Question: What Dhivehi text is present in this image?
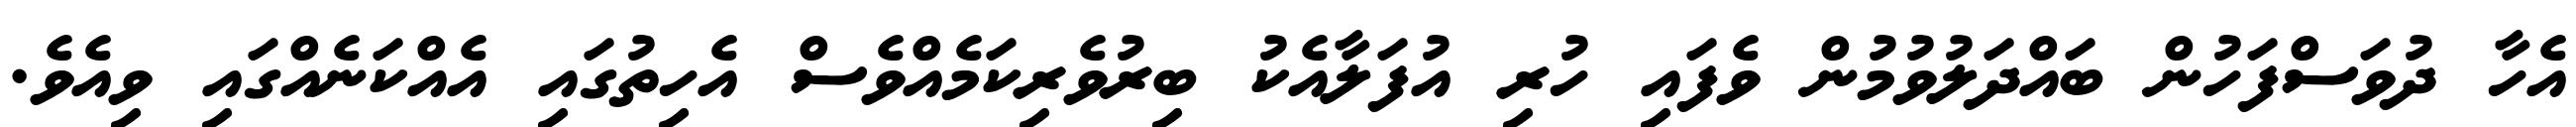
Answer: އެހާ ދުވަސްފަހުން ބައްދަލުވުމުން ވެފައި ހުރި އުފަލާއެކު ބިރުވެރިކަމެއްވެސް އެހިތުގައި އެއްކަނެއްގައި ވިއެވެ.